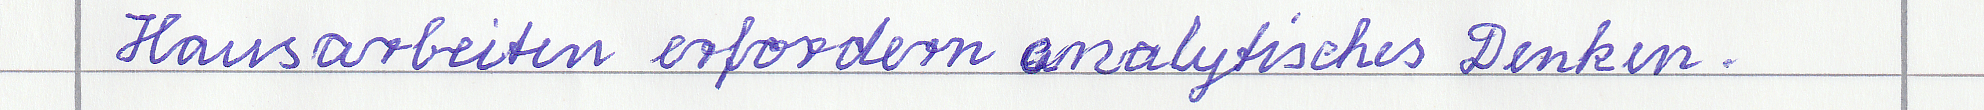
Hausarbeiten erfordern analytisches Denken.